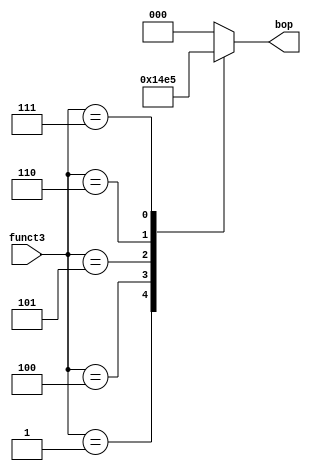
module branch_op_decision(
	input wire [2:0] funct3,
	output reg [2:0] bop
);
	always @(*) begin
		case(funct3)
			3'b000: bop = 3'b000;
			3'b001: bop = 3'b001;
			3'b100: bop = 3'b010;
			3'b101: bop = 3'b011;
			3'b110: bop = 3'b100;
			3'b111: bop = 3'b101;
			default: bop = 0;
		endcase
	end
endmodule